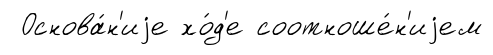
Основа́н'иjе хо́д'е соотноше́н'иjем